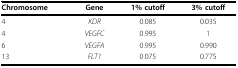
<table><thead><tr><td><b>Chromosome</b></td><td><b>Gene</b></td><td><b>1% cutoff</b></td><td><b>3% cutoff</b></td></tr></thead><tbody><tr><td>4</td><td><i>KDR</i></td><td>0.085</td><td>0.035</td></tr><tr><td>4</td><td><i>VEGFC</i></td><td>0.995</td><td>1</td></tr><tr><td>6</td><td><i>VEGFA</i></td><td>0.995</td><td>0.990</td></tr><tr><td>13</td><td><i>FLT1</i></td><td>0.075</td><td>0.775</td></tr></tbody></table>